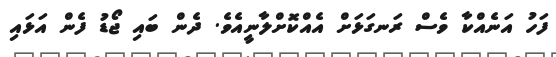
ފަހު އަނެއްކާ ވެސް ރަނގަޅަށް އެއްކޮށްލާނީއެވެ. ދެން ބައި ޖޯޑު ފެން އަޅައި